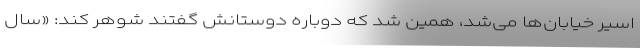
اسیر خیابان‌ها می‌شد، همین شد که دوباره دوستانش گفتند شوهر کند: «سال